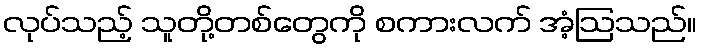
လုပ်သည့် သူတို့တစ်တွေကို စကားလက် အံ့ဩသည်။